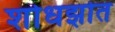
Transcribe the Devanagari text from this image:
शोधझोत